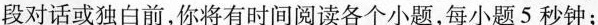
段对话或独白前,你将有时间阅读各个小题,每小题 5 秒钟;